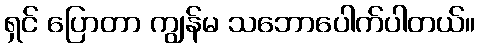
ရှင် ပြောတာ ကျွန်မ သဘောပေါက်ပါတယ်။